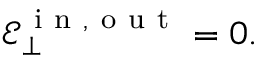
\mathcal { E } _ { \bot } ^ { \mathrm { ~ i ~ n ~ , ~ o ~ u ~ t ~ } } = 0 .